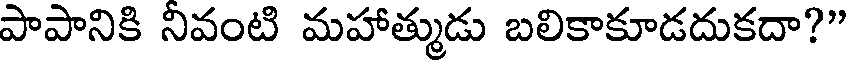
పాపానికి నివంటి మహాత్ముడు బలికాకూడదుకదా?"